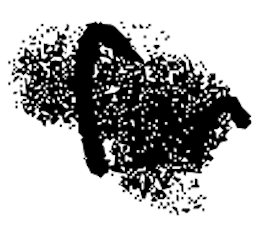
Text: for
Cross-out: mix
Writing tool: digital_black